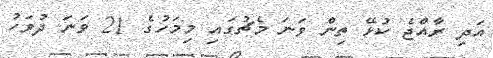
އަދި ރާއްޖެ ކުޅޭ ތިން ވަނަ މެޗުގައި މިމަހުގެ 21 ވަނަ ދުވަހު